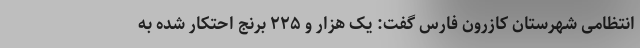
انتظامی شهرستان کازرون فارس گفت: یک هزار و ۲۲۵ برنج احتکار شده به